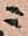
ニ